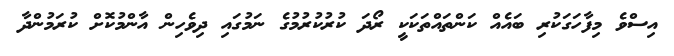
އިސްވެ މިފާހަގަކުރި ބައެއް ކަންތައްތަކަކީ ރޯދަ ކުރުކުރުމުގެ ނަމުގައި ދިވެހިން އާންމުކޮށް ކުރަމުންދާ